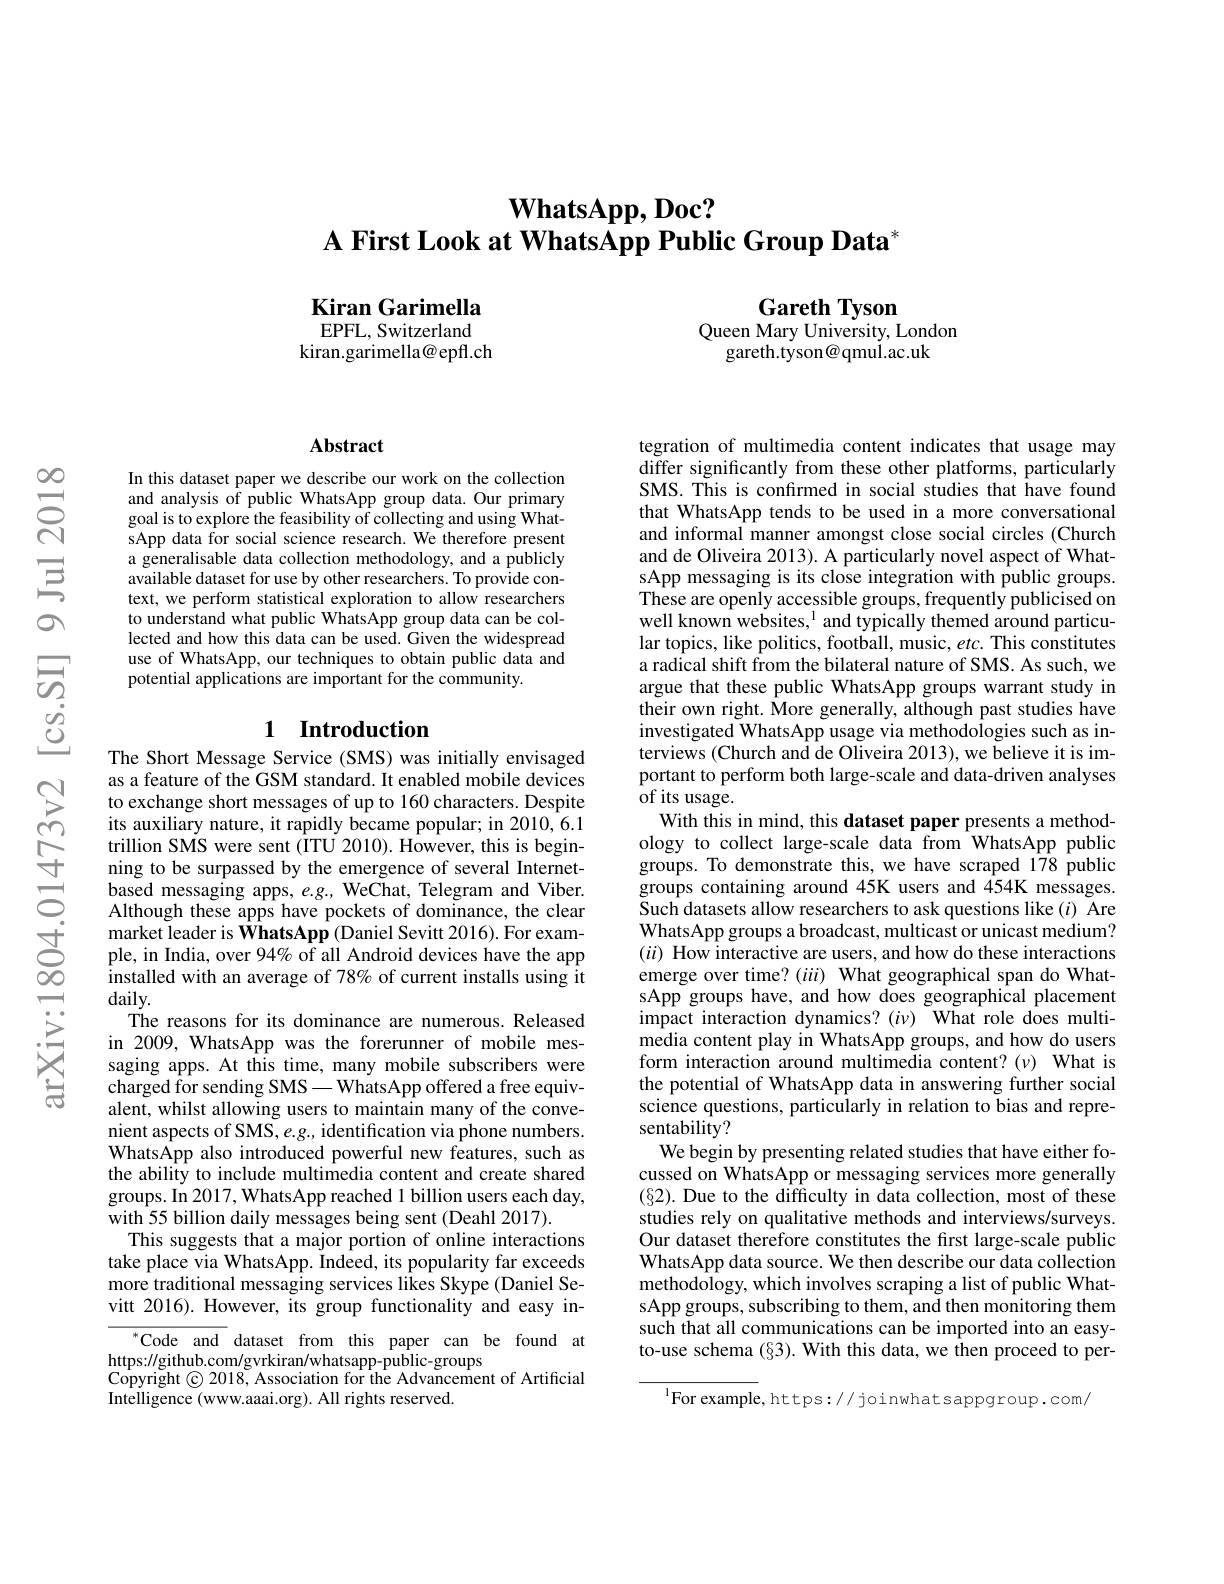
# $\textbf{WhatsApp, Doc? }$
A First Look at WhatsApp Public Group Data$^*$

Kiran Garimella EPFL, Switzerland

kiran.garimella@epfl.ch

Gareth Tyson
Queen Mary University, London
gareth.tyson@qmul.ac.uk

### $\mathbf{Abstract}$

In this dataset paper we describe our work on the collection and analysis of public WhatsApp group data. Our primary goal is to explore the feasibility of collecting and using WhatsApp data for social science research. We therefore present a generalisable data collection methodology, and a publicly available dataset for use by other researchers. To provide context, we perform statistical exploration to allow researchers to understand what public WhatsApp group data can be collected and how this data can be used. Given the widespread use of WhatsApp, our techniques to obtain public data and potential applications are important for the community.

### 1 Introduction

The Short Message Service (SMS) was initially envisaged as a feature of the GSM standard. It enabled mobile devices to exchange short messages of up to 160 characters. Despite its auxiliary nature, it rapidly became popular; in 2010, 6.1 trillion SMS were sent (IITU 2010). However, this is beginning to be surpassed by the emergence of several Internetbased messaging apps, $e. g. $,WeChat, Telegram and Viber. Although these apps have pockets of dominance, the clear market leader is WhatsApp (Daniel Sevitt 2016). For example, in India, over 94% of all Android devices have the app installed with an average of 78% of current installs using it daily.
The reasons for its dominance are numerous. Released in 2009, WhatsApp was the forerunner of mobile messaging apps. At this time, many mobile subscribers were charged for sending SMS—WhatsApp offered a free equivalent, whilst allowing users to maintain many of the convenient aspects of SMS, e.g., identification via phone numbers. WhatsApp also introduced powerful new features, such as the ability to include multimedia content and create shared groups. In 2017, WhatsApp reached 1 billion users each day, with 55 billion daily messages being sent (Deahl 2017).
This suggests that a major portion of online interactions take place via WhatsApp. Indeed, its popularity far exceeds more traditional messaging services likes Skype (Daniel Sevitt 2016). However, its group functionality and easy in-
${^{*}\mathrm{Code~and~}}$ dataset from this paper can be found at

https://github.com/gvrkiran/whatsapp-public-groups
Copyright © 2018, Association for the Advancement of Artificial
Intelligence (www.aaai.org). All rights reserved.

tegration of multimedia content indicates that usage may differ significantly from these other platforms, particularly SMS. This is confırmed in social studies that have found that WhatsApp tends to be used in a more conversational and informal manner amongst close social circles (Church and de Oliveira 2013). A particularly novel aspect of WhatsApp messaging is its close integration with public groups. These are openly accessible groups, frequently publicised on well known websites,$^1$ and typically themed around particular topics, like politics, football, music, etc. This constitutes a radical shift from the bilateral nature of SMS. As such, we argue that these public WhatsApp groups warrant study in their own right. $\hat{\text{More generally, although past studies have}}$ investigated WhatsApp usage via methodologies such as interviews (Church and de Oliveira 2013), we believe it is important to perform both large-scale and data-driven analyses ${\tilde{\text{of its usage}}}.$
With this in mind, this dataset paper presents a methodology to collect large-scale data from WhatsApp public groups. To demonstrate this, we have scraped 178 public groups containing around 45K users and 454K messages. Such datasets allow researchers to ask questions like $(i)$ Are WhatsApp groups a broadcast, multicast or unicast medium? $(ii)$ How interactive are users, and how do these interactions emerge over time? $(iii)$ What geographical span do WhatsApp groups have, and how does geographical placement impact interaction dynamics? $(i\nu)$ What role does multimedia content play in WhatsApp groups, and how do users form interaction around multimedia content? ($\nu)$ What is the potential of WhatsApp data in answering further social science questions, particularly in relation to bias and representability?
We begin by presenting related studies that have either focussed on WhatsApp or messaging services more generally $(\S2).$ Due to the difficulty in data collection, most of these studies rely on qualitative methods and interviews/surveys. Our dataset therefore constitutes the first large-scale public WhatsApp data source. We then describe our data collection methodology, which involves scraping a list of public WhatsApp groups, subscribing to them, and then monitoring them such that all communications can be imported into an easyto-use schema (§3). With this data, we then proceed to per-

$^{1}$For example, https:// joinwhat sappgroup. com/